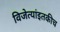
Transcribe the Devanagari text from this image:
विजेत्यांइतकीच